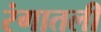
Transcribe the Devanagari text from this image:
रंगातली